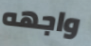
واجهه